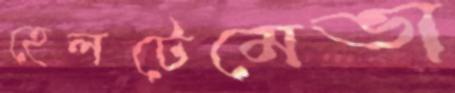
হেলটেমেভা